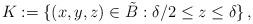
LaTeX: \begin{align*}K:=\{(x,y,z)\in \tilde B: \delta/2 \leq z\leq \delta \}\,,\end{align*}